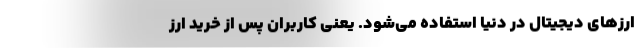
ارزهای دیجیتال در دنیا استفاده می‌شود. یعنی کاربران پس از خرید ارز